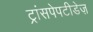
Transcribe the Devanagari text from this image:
ट्रांसपेपटीडेज़